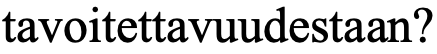
tavoitettavuudestaan?